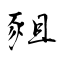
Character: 豠